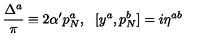
\frac { \Delta ^ { a } } { \pi } \equiv 2 \alpha ^ { \prime } p _ { N } ^ { a } , \: \: \: [ y ^ { a } , p _ { N } ^ { b } ] = i \eta ^ { a b }